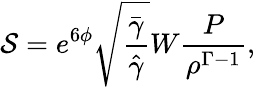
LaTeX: \mathcal{S}=e^{6\phi}\sqrt{\frac{\bar{\gamma}}{\hat{\gamma}}}W\frac{P}{\rho^{\Gamma-1}},